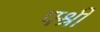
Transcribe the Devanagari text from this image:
फ्श्री